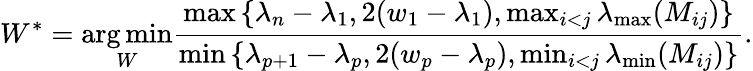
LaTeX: W^{*}=\mathop{\arg\operatorname*{min}}_{W}\frac{\operatorname*{max}\left\{ \lambda_{n}-\lambda_{1},2(w_{1}-\lambda_{1}),\operatorname*{max}_{i<j}\lambda_{\operatorname*{max}}(M_{ij})\right\} }{\operatorname*{min}\left\{ \lambda_{p+1}-\lambda_{p},2(w_{p}-\lambda_{p}),\operatorname*{min}_{i<j}\lambda_{\operatorname*{min}}(M_{ij})\right\} }.